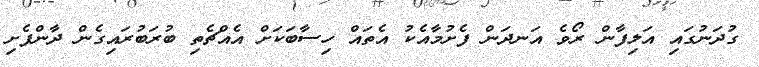
ގުދަނުގައި އަލިފާން ރޯވެ އަނދަން ފެށުމާއެކު އެތައް ހިސާބަކަށް އެއްޗެތި ބުރަބުރައިގެން ދާންފެށި